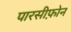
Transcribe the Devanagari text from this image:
पारसीफ़ोन